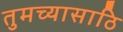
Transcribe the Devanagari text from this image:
तुमच्यासाठि